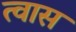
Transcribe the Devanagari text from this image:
त्वास